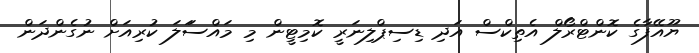
ޔޫއޭފާގެ ކޮންޓްރޯލް އެތިކްސް އަދި ޑިސިޕްލިނަރީ ކޮމިޓީން މި މައްސަަލަ ކުރިއަށް ނުގެންދަން